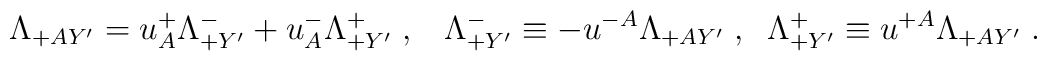
\Lambda_{+AY'} = u^+_A \Lambda^-_{+Y'} + u^-_A \Lambda^+_{+Y'}\; , \;\;\;\Lambda^-_{+Y'} \equiv -u^{-A}\Lambda_{+AY'}\; , \;\;\Lambda^+_{+Y'} \equiv u^{+A}\Lambda_{+AY'}\; .